Report on vaccination in the Province of Bengal - 1869-1873
Year: 1869
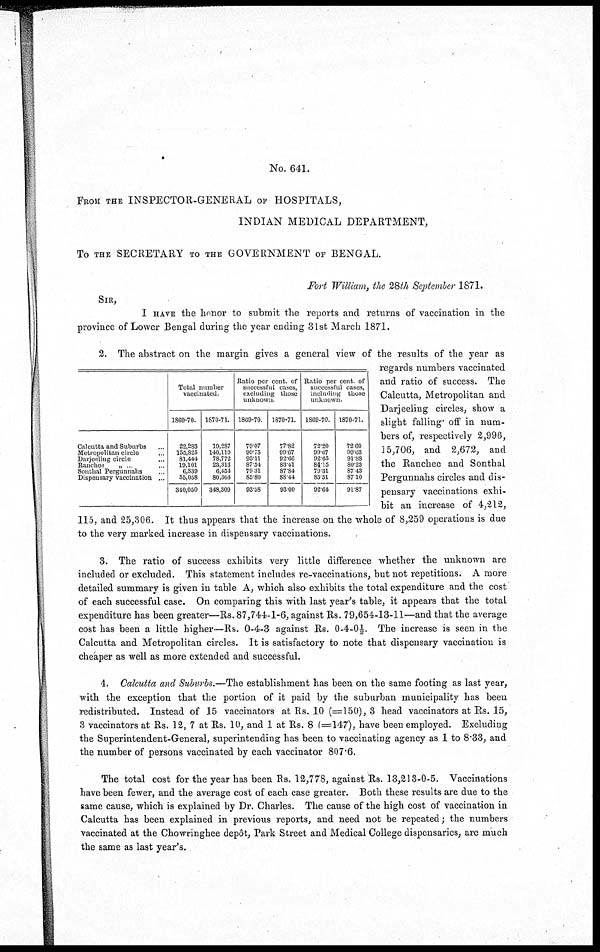
No. 641.
FROM THE INSPECTOR-GENERAL OF HOSPITALS,
INDIAN MEDICAL DEPARTMENT,
To THE SECRETARY TO THE GOVERNMENT OF BENGAL.
Fort William, the 28th September 1871.
SIR,
I HAVE the honor to submit the reports and returns of vaccination in the
province of Lower Bengal during the year ending 31st March 1871.
Calcutta and Suburbs ...
Metropolitan circle ...
Darjeeling circle ...
Ranchee „ ... ...
Southal Pergunnahs ...
Dispensary vaccination ...
Total number
vaccinated.
1869-70.
22,283
155,825
81,444
19,101
6,339
55,058
340,050
1870-71.
19,287
140,119
78,772
23,313
6,454
80,364
348,309
Ratio per cent. of
successful cases,
excluding those
unknown.
1869-70.
79.07
99.75
93.11
87.54
79.31
85.80
93.58
1870-71.
77.82
99.67
92.66
83.41
87.84
88.44
93.00
Ratio per cent. of
successful cases,
including those
unknown.
1869-70.
72.20
99.67
92.65
84.15
79.31
85.51
92.64
1870-71.
72.60
99.63
91.88
80.23
87.43
87.10
91.87
2. The abstract on the margin gives a general view of the results of the year as
regards numbers vaccinated
and ratio of success. The
Calcutta, Metropolitan and
Darjeeling circles, show a
slight falling off in num-
bers of, respectively 2,996,
15,706, and 2,672, and
the Ranchee and Sonthal
Pergunnahs circles and dis-
pensary vaccinations exhi-
bit an increase of 4,212,
115, and 25,306. It thus appears that the increase on the whole of 8,259 operations is due
to the very marked increase in dispensary vaccinations.
3. The ratio of success exhibits very little difference whether the unknown are
included or excluded. This statement includes re-vaccinations, but not repetitions. A more
detailed summary is given in table A, which also exhibits the total expenditure and the cost
of each successful case. On comparing this with last year's table, it appears that the total
expenditure has been greater—Rs. 87,744-1-6, against Rs. 79,654-13-11—and that the average
cost has been a little higher—Rs. 0-4-3 against Rs. 0-4-0½. The increase is seen in the
Calcutta and Metropolitan circles. It is satisfactory to note that dispensary vaccination is
cheaper as well as more extended and successful.
4. Calcutta and Suburbs.—The establishment has been on the same footing as last year,
with the exception that the portion of it paid by the suburban municipality has been
redistributed. Instead of 15 vaccinators at Rs. 10 (=150), 3 head vaccinators at Rs. 15,
3 vaccinators at Rs. 12, 7 at Rs. 10, and 1 at Rs. 8 (=147), have been employed. Excluding
the Superintendent-General, superintending has been to vaccinating agency as 1 to 8.33, and
the number of persons vaccinated by each vaccinator 807.6.
The total cost for the year has been Rs. 12,778, against Rs. 13,213-0-5. Vaccinations
have been fewer, and the average cost of each case greater. Both these results are due to the
same cause, which is explained by Dr. Charles. The cause of the high cost of vaccination in
Calcutta has been explained in previous reports, and need not be repeated; the numbers
vaccinated at the Chowringhee depôt, Park Street and Medical College dispensaries, are much
the same as last year's.